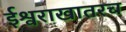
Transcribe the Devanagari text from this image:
ईश्वराखातरच